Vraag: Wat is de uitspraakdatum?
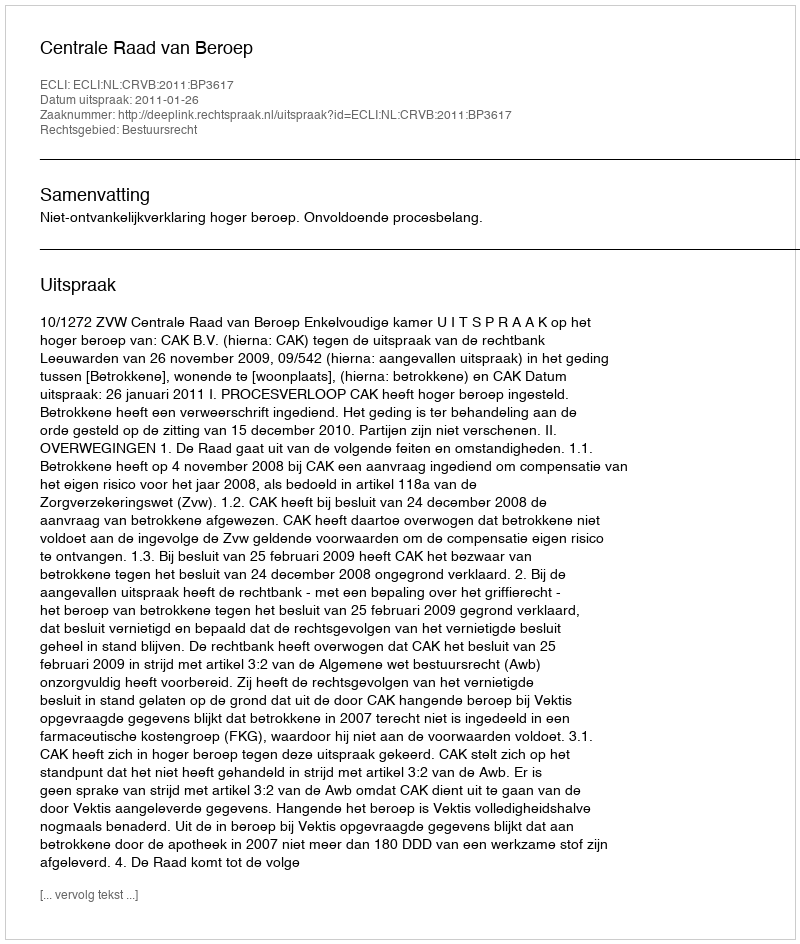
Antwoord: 2011-01-26